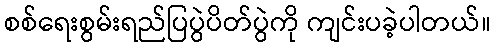
စစ်ရေးစွမ်းရည်ပြပွဲပိတ်ပွဲကို ကျင်းပခဲ့ပါတယ်။